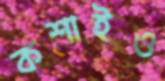
কশাইও